Civil Veterinary Department. United Provinces 1932-42 - 1932-1942
Year: 1932
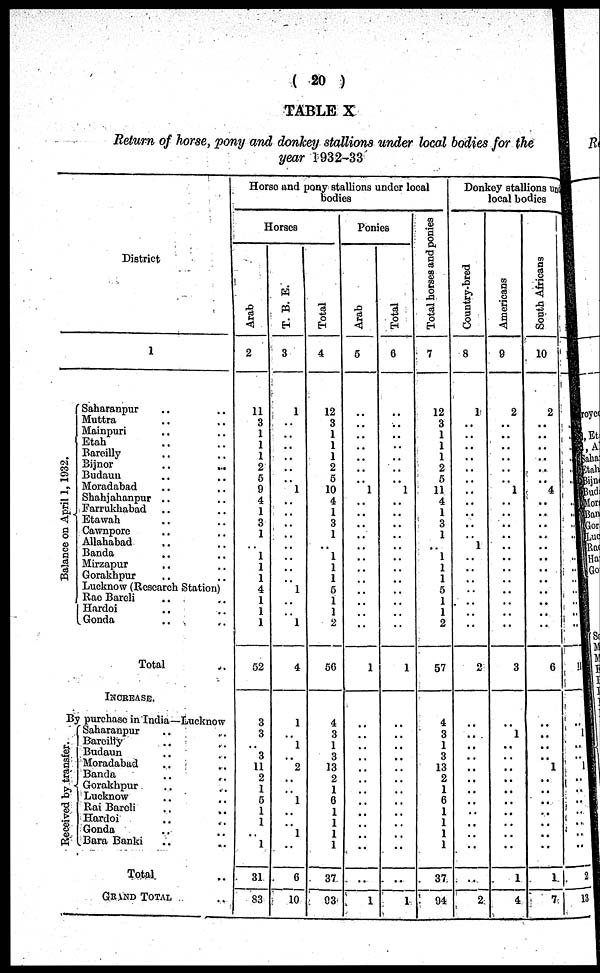
( 20 )
TABLE X
Return of horse, pony and donkey stallions under local bodies for the
year 1932-33
District
1
Ba l
a nc e on Apr i l 1, 1932.
Saharanpur .. ..
Muttra .. ..
Mainpuri .. ..
Etah .. ..
Bareilly .. ..
Bijnor .. ..
Budaun .. ..
Moradabad .. ..
Shahjahanpur .. ..
Farrukhabad .. ..
Etawah .. ..
Cawnpore .. ..
Allahabad .. ..
Banda .. ..
Mirzapur .. ..
Gorakhpur .. ..
Lucknow (Research Station)
Rao Bareli .. ..
Hardoi .. ..
Gonda .. ..
Total ..
INCREASE.
By purchase in India—Lucknow
Received by transfer.
Saharanpur .. ..
Bareilly .. ..
Budaun .. ..
Moradabad .. ..
Banda .. ..
Gorakhpur .. ..
Lucknow .. ..
Rai Bareli .. ..
Hardoi .. ..
Gonda .. ..
Bara Banki .. ..
Total ..
GRAND TOTAL ..
Horse and pony stallions under local
bodies
Horses
Arab
2
11
3
1
1
1
2
6
9
4
1
3
1
1
1
1
4
1
1
1
52
3
3
..
3
11
2
1
5
1
1
..
1
31
83
T. B. E.
3
1
..
..
..
..
..
..
1
..
..
..
..
..
..
..
..
1
..
..
1
4
1
..
1
..
2
..
..
1
..
..
1
..
6
10
Total
4
12
3
1
1
1
2
6
10
4
1
3
1
..
1
1
1
5
1
1
2
56
4
3
1
3
13
2
1
6 1
1
1
1
37
93
Ponies
Arab
5
..
..
..
..
..
..
..
1
..
..
..
..
..
..
..
..
..
..
..
..
1
..
..
..
..
..
..
..
..
..
..
..
..
..
1
Total
6
..
..
..
..
..
..
..
1
..
..
..
..
..
..
..
..
..
..
..
..
1
..
..
..
..
..
..
..
..
..
..
..
..
..
1
Total horses and ponies
7
12
3
1
1
1
2
5
11
4
1
3
1
..
1
1
1
5
1
1
2
57
4
3
1
3
13
2
1
6
1
1
1
1
37
94
Donkey stallions un
local bodies
Country-bred
8
1
..
..
..
..
..
..
..
..
..
..
..
1
..
..
..
..
..
..
..
2
..
..
..
..
..
..
..
..
..
..
..
..
..
2
Americans
9
2
..
..
..
..
..
1
..
..
..
..
..
..
..
...
..
..
..
..
3
..
1
..
..
..
..
..
..
..
..
..
..
1
4
South Africans
10
2
..
..
..
..
..
..
4
..
..
..
..
..
...
..
..
..
..
..
..
6
..
..
..
..
1
..
..
..
..
..
..
..
1
7
..
..
1
..
..
..
..
..
..
..
..
..
..
2
13